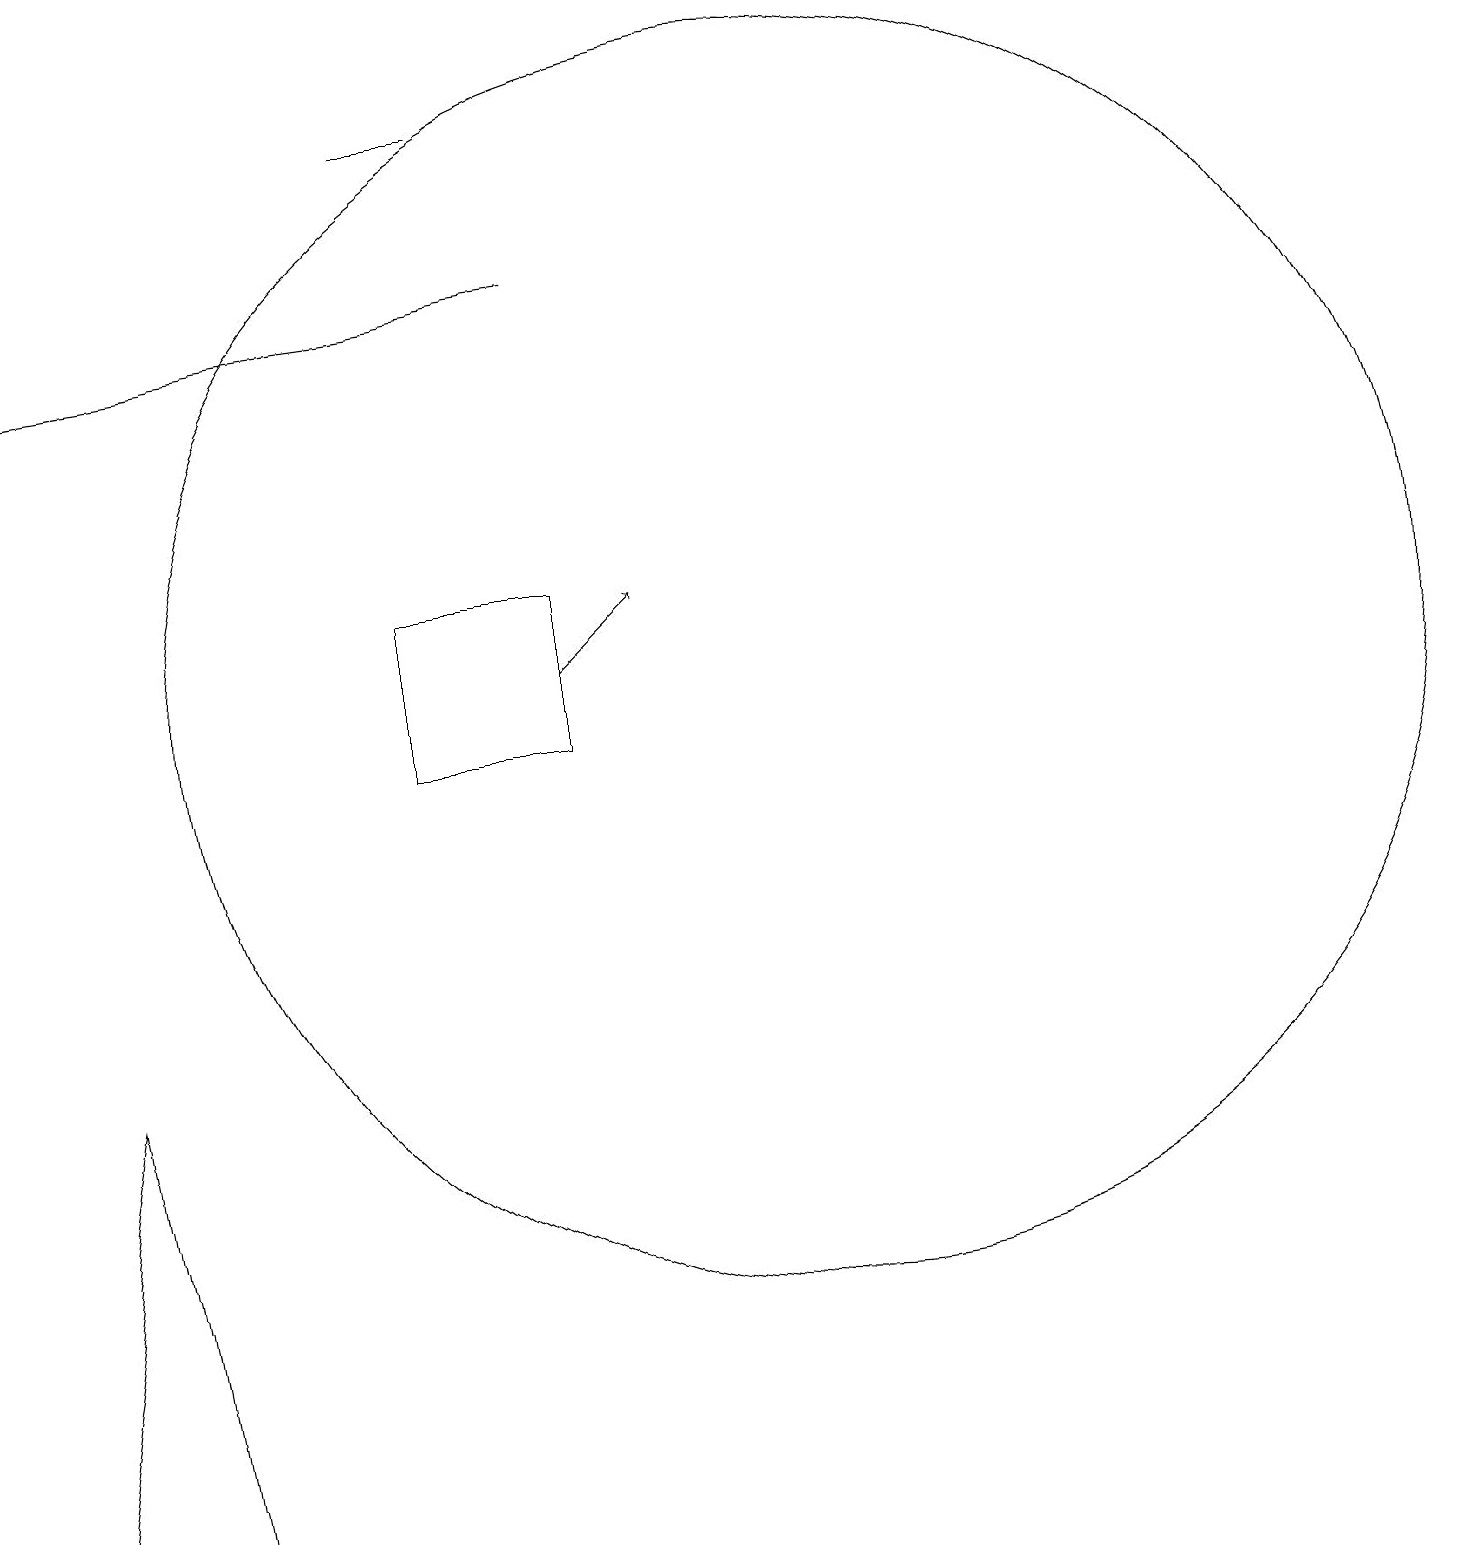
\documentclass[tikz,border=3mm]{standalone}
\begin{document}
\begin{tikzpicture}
\draw (6,18) rectangle (5,18);
\draw[->] (7,16) -- (0,15);
\draw (5,10) rectangle (7,12);
\draw[->] (7,11) -- (8,12);
\draw (10,11) circle (8);
\draw (1,6) -- (2,0) -- (0,0) -- cycle;
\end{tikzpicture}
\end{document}